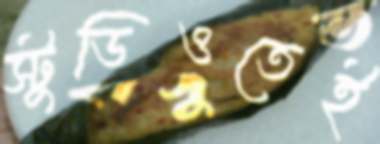
স্টুডিওতেই